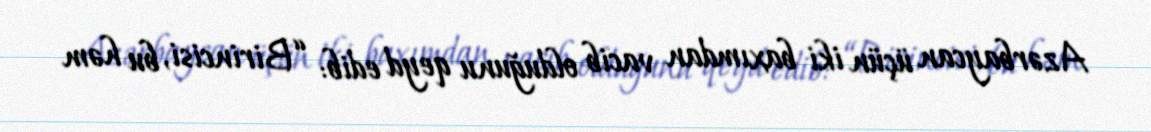
Azərbaycan üçün iki baxımdan vacib olduğunu qeyd edib: “Birincisi, bu həm